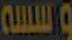
الله